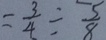
= \frac { 3 } { 4 } \div \frac { 5 } { 8 }